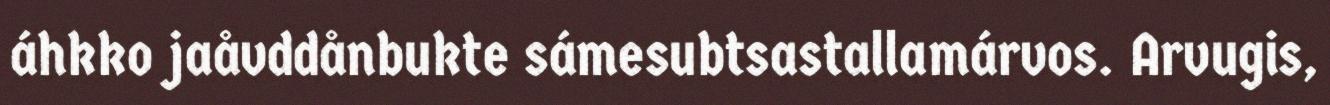
áhkko jaåvddånbukte sámesubtsastallamárvos. Arvugis,